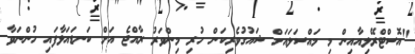
"އޮސްޓްރޭލިއާއިން މި މައްސަލައަށް ޝައުގުވެރިކަން ހުރި މިންވަރު ރާއްޖެ އަށް ކަނޑައަޅާފައި ހުންނަވާ